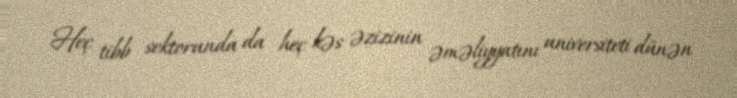
Heç tibb sektorunda da heç kəs əzizinin əməliyyatını universiteti dünən